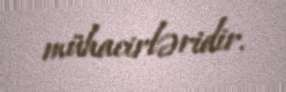
mühacirləridir.